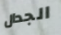
الجدال